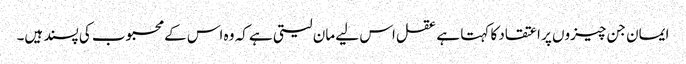
ایمان جن چیزوں پر اعتقاد کا کہتا ہے عقل اس لیے مان لیتی ہے کہ وہ اس کے محبوب کی پسند ہیں۔